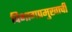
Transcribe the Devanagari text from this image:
विभागप्रमुखाची